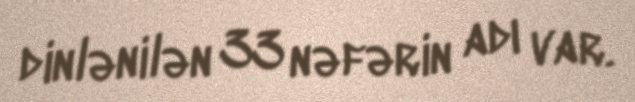
dinlənilən 33 nəfərin adı var.